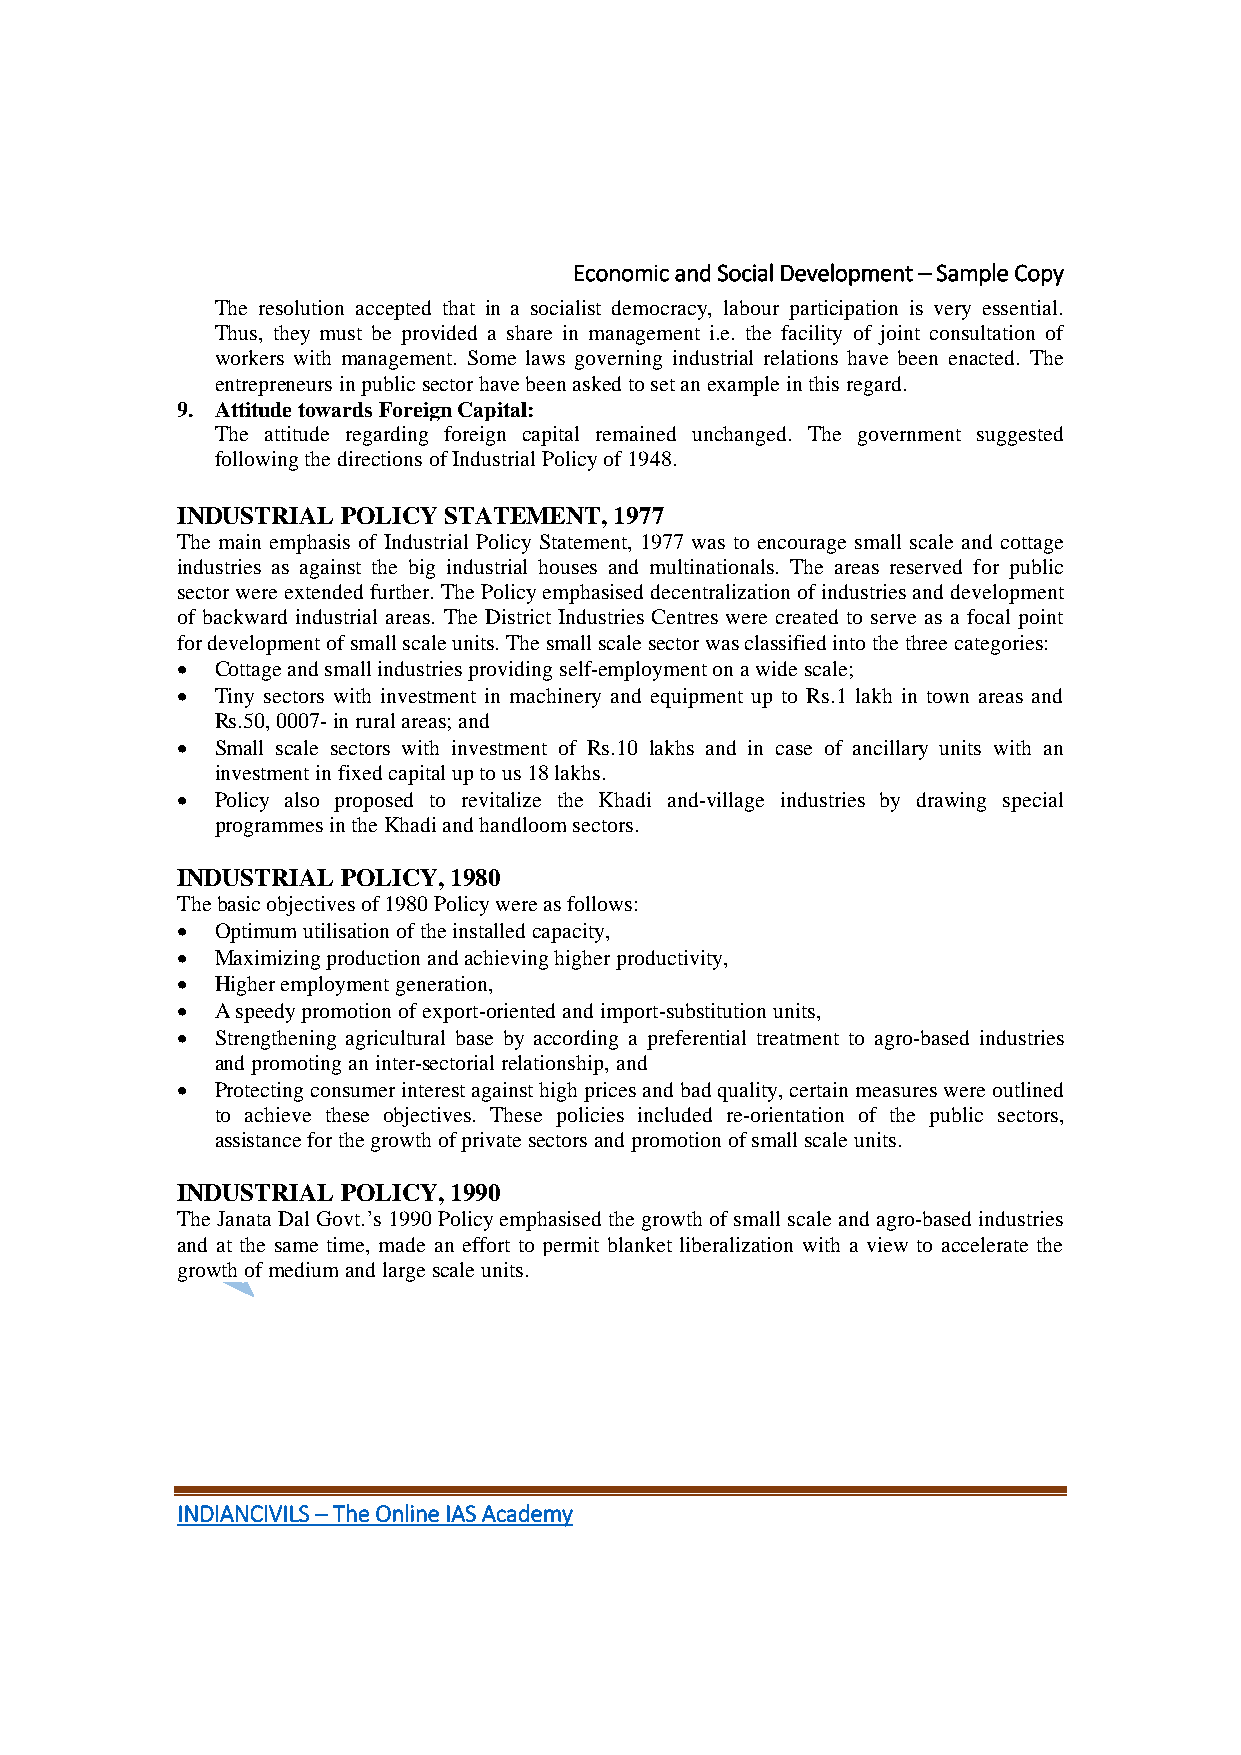
Economic and Social Development – Sample Copy
 The resolution accepted that in a socialist democracy, labour participation is very essential.
 Thus, they must be provided a share in management i.e. the facility of joint consultation of
 workers with management. Some laws governing industrial relations have been enacted. The
 entrepreneurs in public sector have been asked to set an example in this regard.
 9. Attitude towards Foreign Capital:
 The attitude regarding foreign capital remained unchanged. The government suggested
 following the directions of Industrial Policy of 1948.
 INDUSTRIAL POLICY STATEMENT, 1977
 The main emphasis of Industrial Policy Statement, 1977 was to encourage small scale and cottage
 industries as against the big industrial houses and multinationals. The areas reserved for public
 sector were extended further. The Policy emphasised decentralization of industries and development
 of backward industrial areas. The District Industries Centres were created to serve as a focal point
 for development of small scale units. The small scale sector was classified into the three categories:
  Cottage and small industries providing self-employment on a wide scale;
  Tiny sectors with investment in machinery and equipment up to Rs.1 lakh in town areas and
 Rs.50, 0007- in rural areas; and
  Small scale sectors with investment of Rs.10 lakhs and in case of ancillary units with an
 investment in fixed capital up to us 18 lakhs.
  Policy also proposed to revitalize the Khadi and-village industries by drawing special
 programmes in the Khadi and handloom sectors.
 INDUSTRIAL POLICY, 1980
 The basic objectives of 1980 Policy were as follows:
  Optimum utilisation of the installed capacity,
  Maximizing production and achieving higher productivity,
  Higher employment generation,
  A speedy promotion of export-oriented and import-substitution units,
  Strengthening agricultural base by according a preferential treatment to agro-based industries
 and promoting an inter-sectorial relationship, and
  Protecting consumer interest against high prices and bad quality, certain measures were outlined
 to achieve these objectives. These policies included re-orientation of the public sectors,
 assistance for the growth of private sectors and promotion of small scale units.
 INDUSTRIAL POLICY, 1990
 The Janata Dal Govt.’s 1990 Policy emphasised the growth of small scale and agro-based industries
 and at the same time, made an effort to permit blanket liberalization with a view to accelerate the
 growth of medium and large scale units.
 INDIANCIVILS – The Online IAS Academy